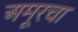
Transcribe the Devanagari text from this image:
अमूरचा